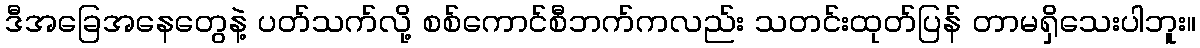
ဒီအခြေအနေတွေနဲ့ ပတ်သက်လို့ စစ်ကောင်စီဘက်ကလည်း သတင်းထုတ်ပြန် တာမရှိသေးပါဘူး။